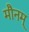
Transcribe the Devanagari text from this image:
मौनम्